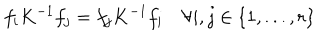
f _ { i } K ^ { - 1 } f _ { j } = f _ { j } K ^ { - 1 } f _ { i } \quad \forall i , j \in \left\{ 1 , . . . , r \right\}